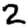
Digit: 2